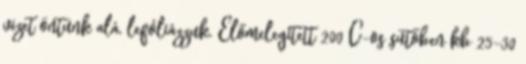
vizet öntünk alá, lefóliázzuk. Előmelegített 200°C-os sütőben kb 25-30